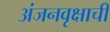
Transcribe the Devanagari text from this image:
अंजनवृक्षाची